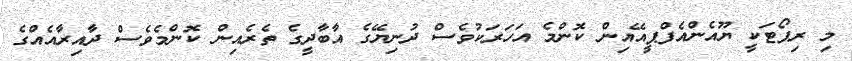
މި ރިޕޯޓަކީ ޔޫއެންއެފްޕީއޭއިން ކޮންމެ އަހަރަކުވެސް ދުނިޔޭގެ އާބާދީގެ ތެރެއިން ކޮންމެވެސް ދާއިރާއެއްގެ